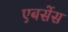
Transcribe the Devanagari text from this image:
एबसेंस